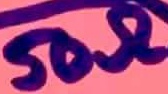
Text: 50Ω